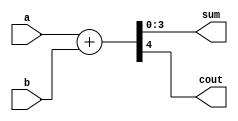
// Listing 3.9
module adder_carry_hard_lit
   (
    input wire [3:0] a, b,
    output wire [3:0] sum,
    output wire cout  // carry-out
   );

   // signal declaration
   wire [4:0] sum_ext;

   //body
   assign sum_ext = {1'b0, a} + {1'b0, b};
   assign sum = sum_ext[3:0];
   assign cout= sum_ext[4];

endmodule